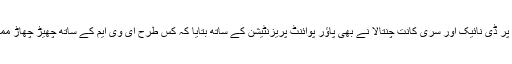
اس موقع پر ڈی نائیک اور سری کانت چنتالا نے بھی پاؤر پوائنٹ پریزنٹیشن کے ساتھ بتایا کہ کس طرح ای وی ایم کے ساتھ چھیڑ چھاڑ ممکن ہے ۔